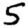
Digit: 5